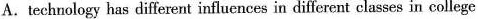
A.technology has different influences in different classes in college